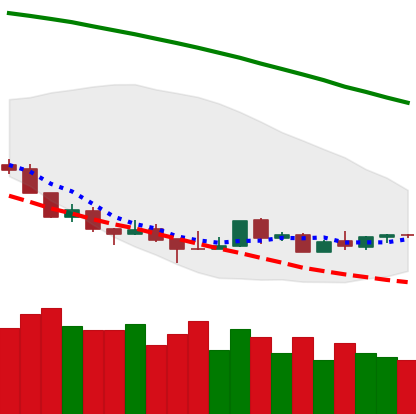
Ticker: LTC-USD
Chart end date: 2018-08-25
Forward return: 4.157%
Label: up_3_5